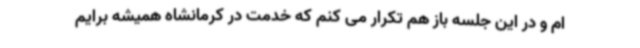
ام و در این جلسه باز هم تکرار می کنم که خدمت در کرمانشاه همیشه برایم